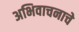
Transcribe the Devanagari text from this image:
अभिवाचनाचे